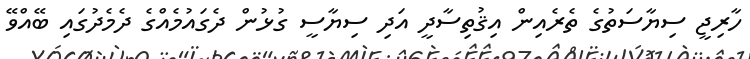
ހާރިޖީ ސިޔާސަތުގެ ތެރެއިން އިޤުތިސާދީ އަދި ސިޔާސީ ގުޅުން ދެގައުމެއްގެ ދެމެދުގައި ބޭއްވޭ